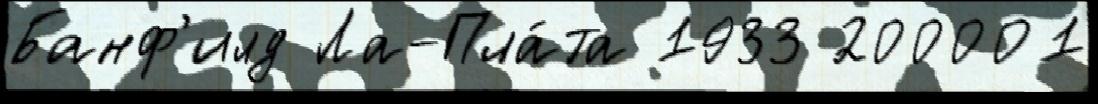
Банф'илд Ла-Пла́та 1933 200001